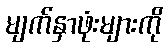
မျက်နှာဖုံးများကို